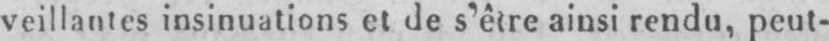
veillantes insinuations et de s’être ainsi rendu, peut-